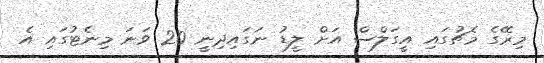
މިރޭގެ މެޗުގައި އީގަލްސް އަށް ލީޑު ނަގައިދިނީ 20 ވަނަ މިނެޓުގައި އެ